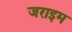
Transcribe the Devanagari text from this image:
जराइम